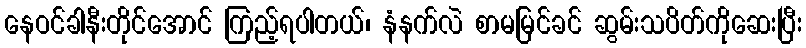
နေဝင်ခါနီးတိုင်အောင် ကြည့်ရပါတယ်၊ နံနက်လဲ စာမမြင်ခင် ဆွမ်းသပိတ်ကိုဆေးပြီး